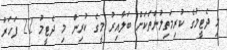
މި ދެޓީމުގެ ކުރިމަތިލުންތަކަށް ބަލާއިރު މީގެ ކުރިން މި ދެޓީމު 22 ފަހަރު